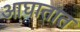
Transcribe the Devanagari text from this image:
आघातात